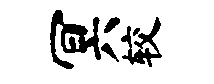
冥较